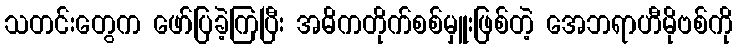
သတင်းတွေက ဖော်ပြခဲ့ကြပြီး အဓိကတိုက်စစ်မှူးဖြစ်တဲ့ အေဘရာဟီမိုဗစ်ကို